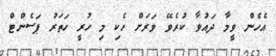
އެހެން ވީމާ ދައުވާ ކުރެވޭ ވަރަށް ހެކި މި ހުރީ ހަތަރު ޕަސެންޓް